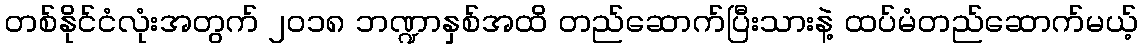
တစ်နိုင်ငံလုံးအတွက် ၂၀၁၈ ဘဏ္ဍာနှစ်အထိ တည်ဆောက်ပြီးသားနဲ့ ထပ်မံတည်ဆောက်မယ့်